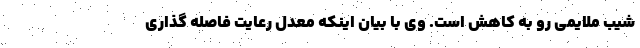
شیب ملایمی رو به کاهش است. وی با بیان اینکه معدل رعایت فاصله گذاری